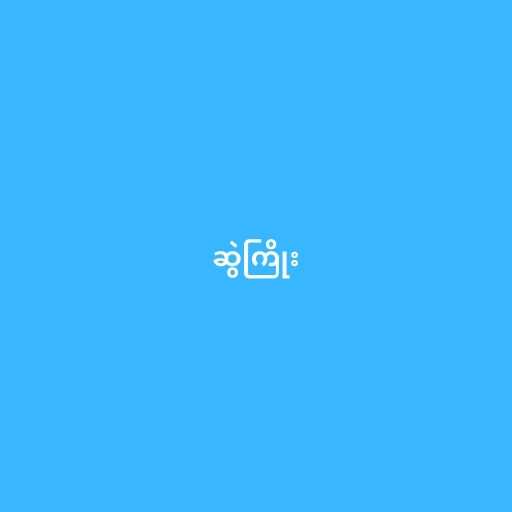
ဆွဲကြိုး